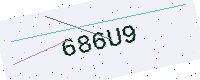
Text: 686U9